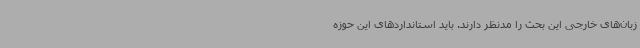
زبان‌های خارجی این بحث را مدنظر دارند. باید استانداردهای این حوزه